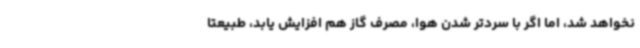
نخواهد شد، اما اگر با سردتر شدن هوا، مصرف گاز هم افزایش یابد، طبیعتا